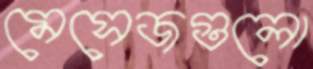
মেসেজগুলো